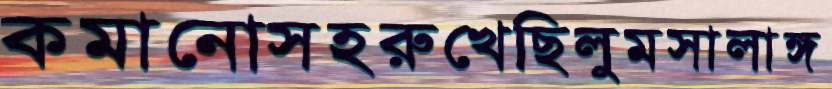
কমানোসহরুখেছিলুমসালাঙ্গ